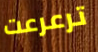
ترعرعت